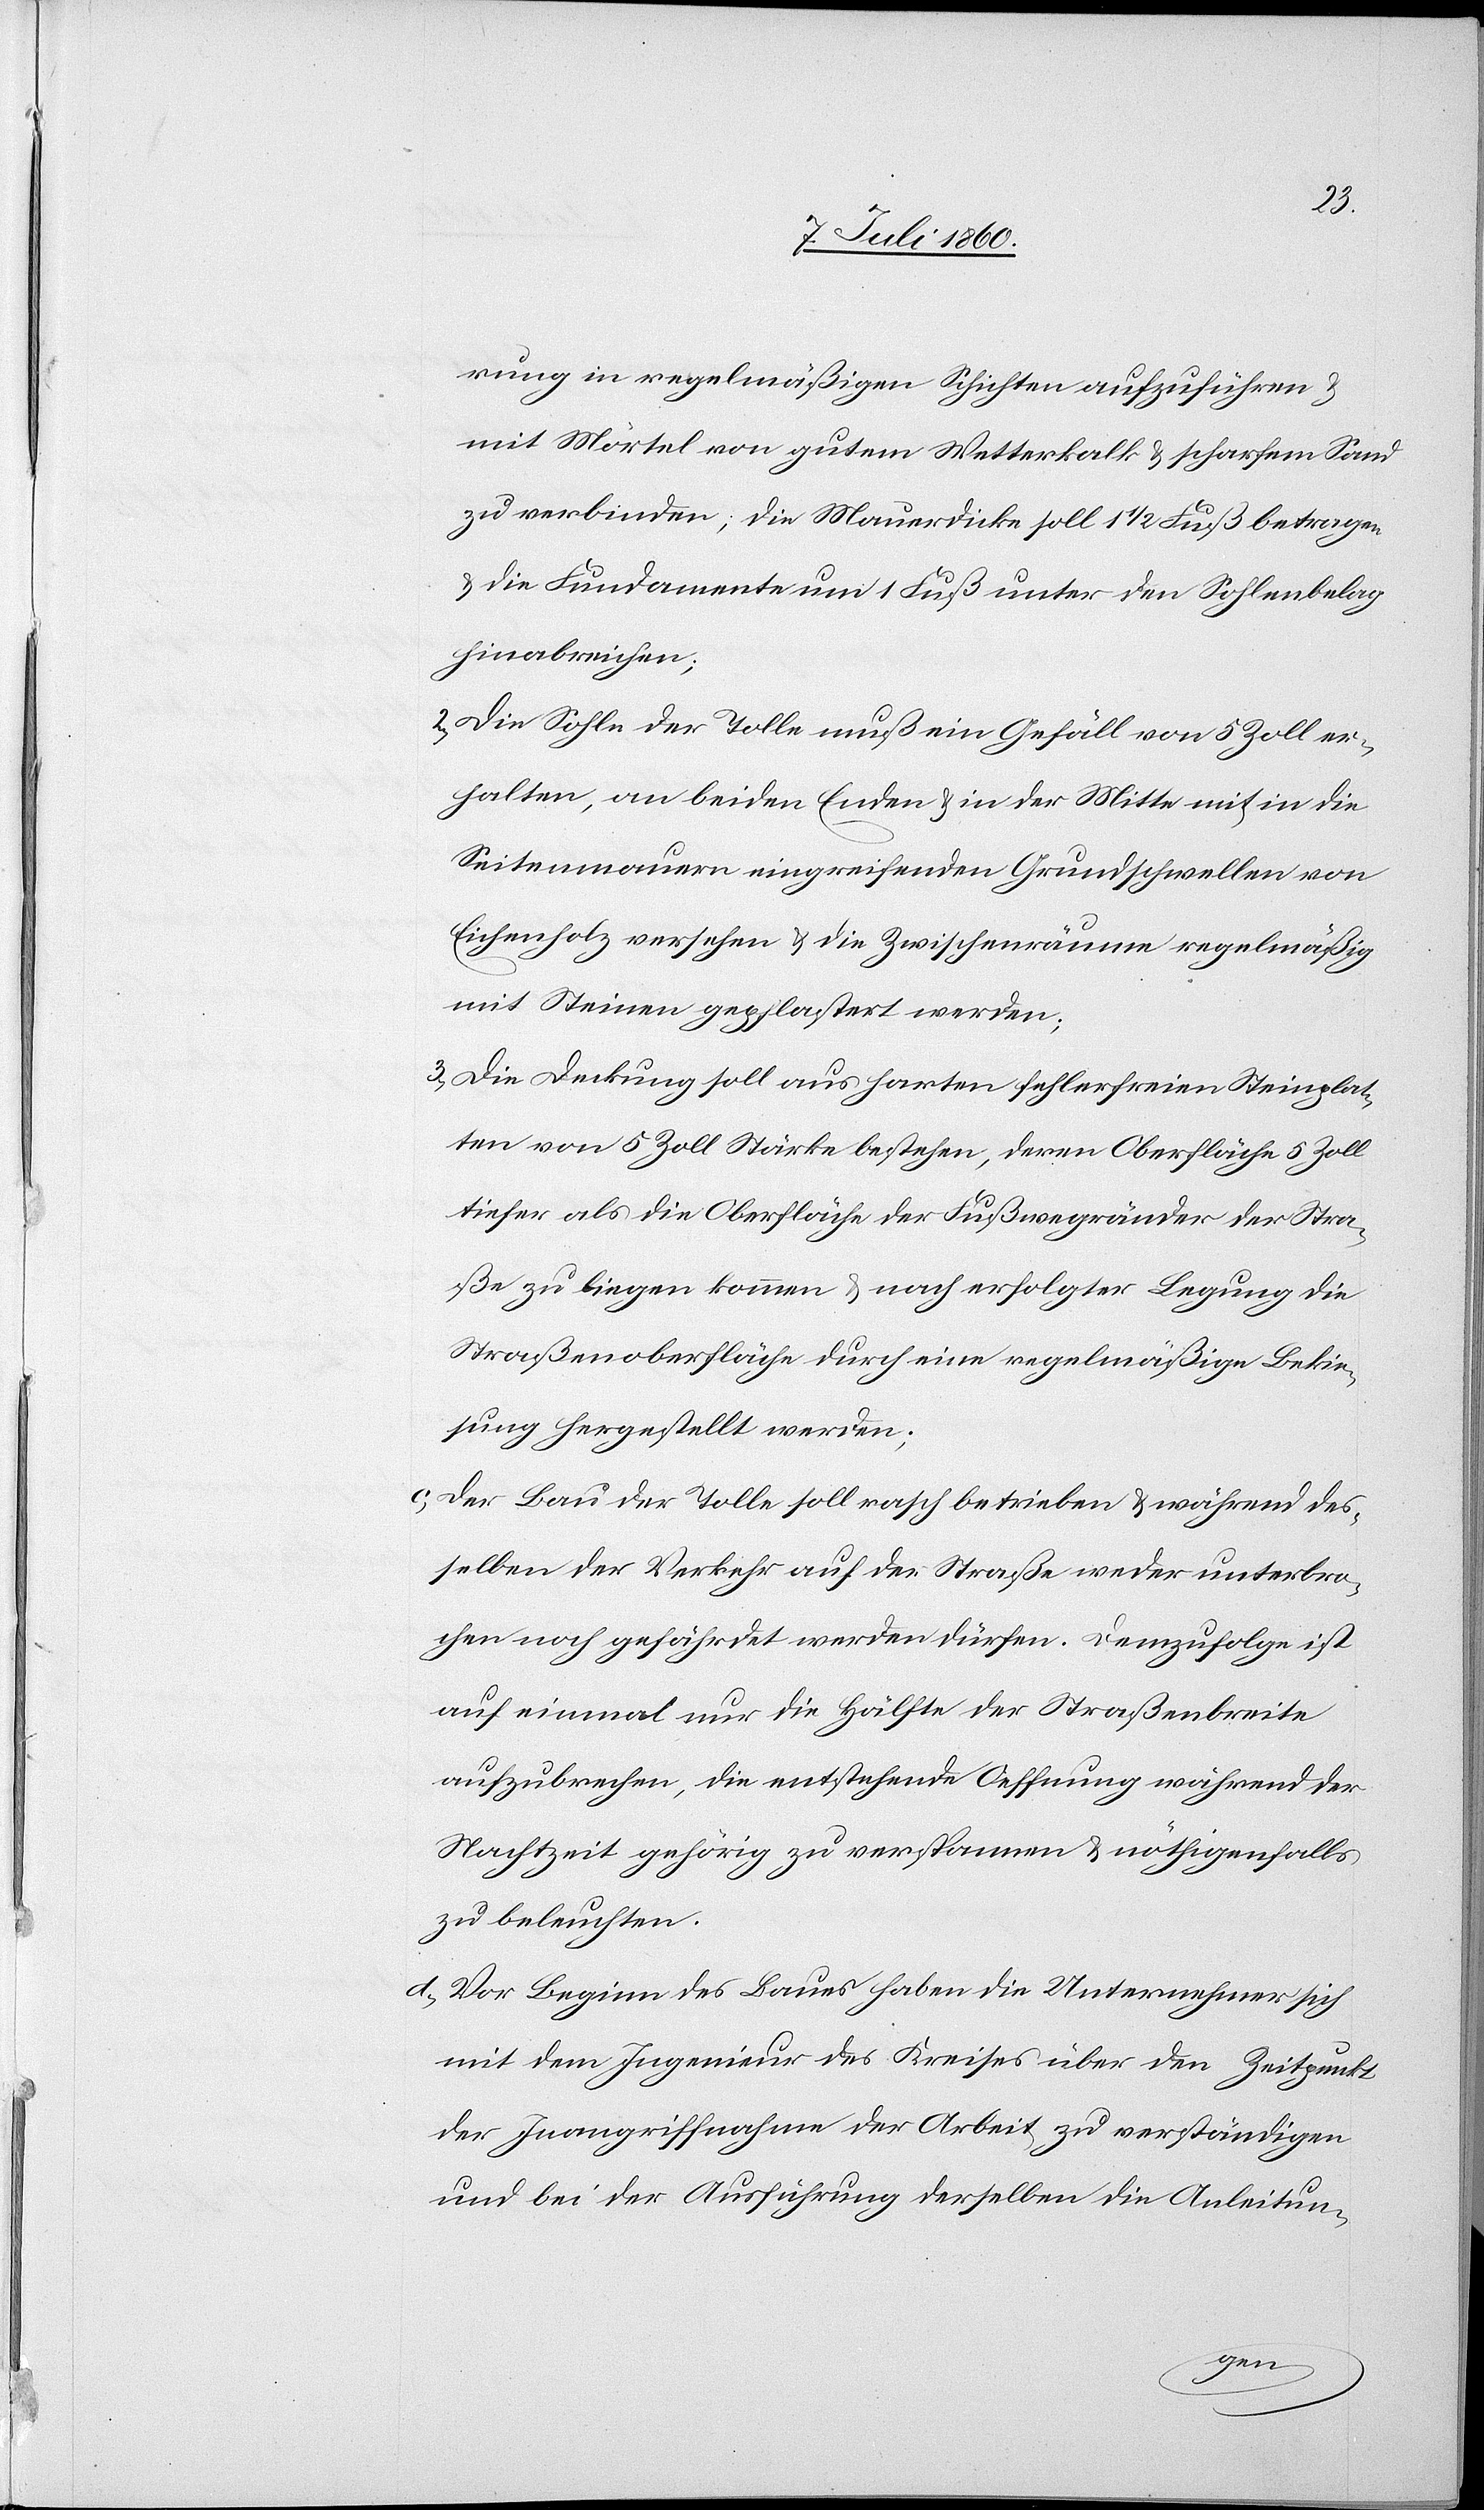
rung in regelmäßigen Schichten aufzuführen &
mit Mörtel von gutem Wetterkalk & scharfem Sand
zu verbinden; die Mauerdicke soll 1 1/2 Fuß unter den
hinabreichen;
2. Die Sohle der Tolle muß ein Gefäll von 5 Zoll er¬
halten, an beiden Enden & in der Mitte mit in die
Seitenmauern eingreifenden Grundschwellen von
Eichenholz versehen & die Zwischenräume regelmäßig
mit Steinen gepflastert werden;
3. Die Deckung soll aus harten fehlerfreien Steinplat¬
ten von 5 Zoll Stärke bestehen, deren Oberfläche 5 Zoll
tiefer als die Oberfläche der Fußwegränder der Stra¬
ße zu liegen kommen & nach erfolgter Legung die
Straßenoberfläche durch eine regelmäßige Bekie¬
sung hergestellt werden;
c. Der Bau der Tolle soll rasch betrieben & während des¬
selben der Verkehr auf der Straße weder unterbro¬
chen noch gefährdet werden dürfen. Demzufolge ist
auf einmal nur die Hälfte der Straßenbreite
aufzubrechen, die entstehende Oeffnung während der
Nachtzeit gehörig zu verspannen & nöthigenfalls
zu beleuchten.
d. Vor Beginn des Baues haben die Unternehmer sich
mit dem Ingenieur des Kreises über den Zeitpunkt
der Inangriffnahme der Arbeit zu verständigen
und bei der Ausführung derselben die Anleitun-